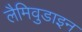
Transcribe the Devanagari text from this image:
लैमिवुडाइन